Vaccination in Burma 1912-1922 - 1912-1922
Year: 1912
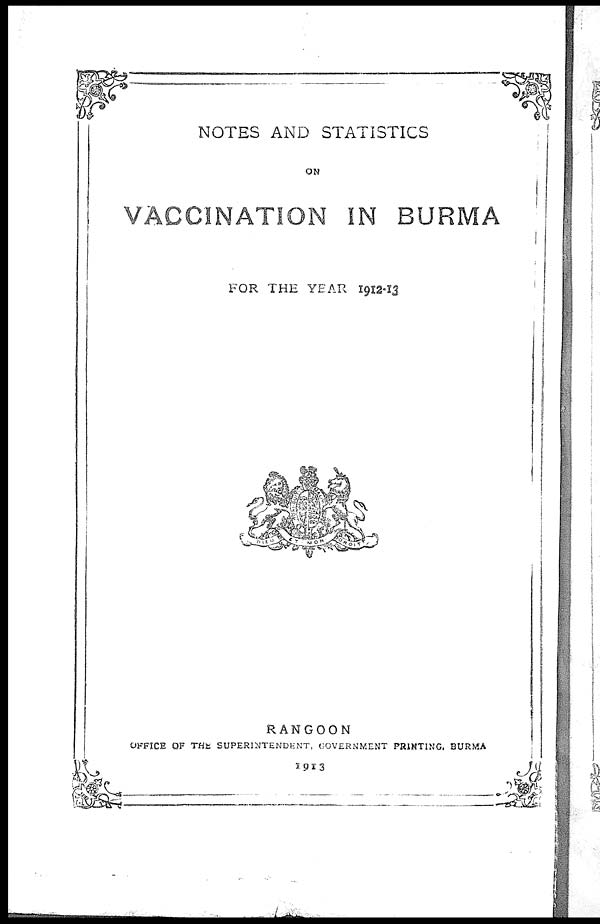
NOTES AND STATISTICS
ON
VACCINATION IN BURMA
FOR THE YEAR 1912-13
RANGOON
OFFICE OF THE SUPERINTENDENT, GOVERNMENT PRINTING, BURMA
1913